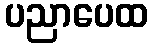
ပညာပေထ